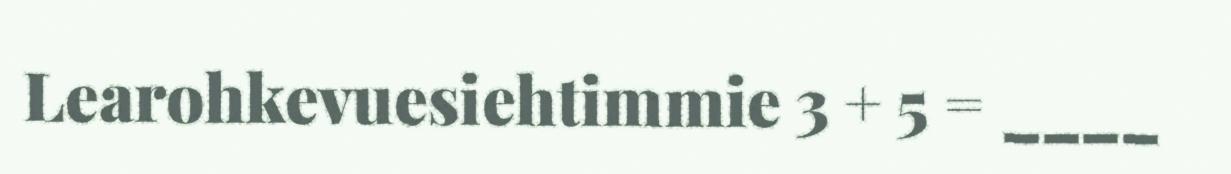
Learohkevuesiehtimmie 3 + 5 = ____